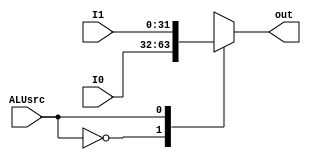
`timescale 1ns/1ns
module MUX4(input [31:0] I0,I1 ,input ALUsrc , output reg [31:0] out);

always@(I0,I1,ALUsrc) begin
	case(ALUsrc)
		0: out <= I0;
		1: out <= I1;
	endcase
end
endmodule